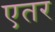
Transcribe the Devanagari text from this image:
एतर